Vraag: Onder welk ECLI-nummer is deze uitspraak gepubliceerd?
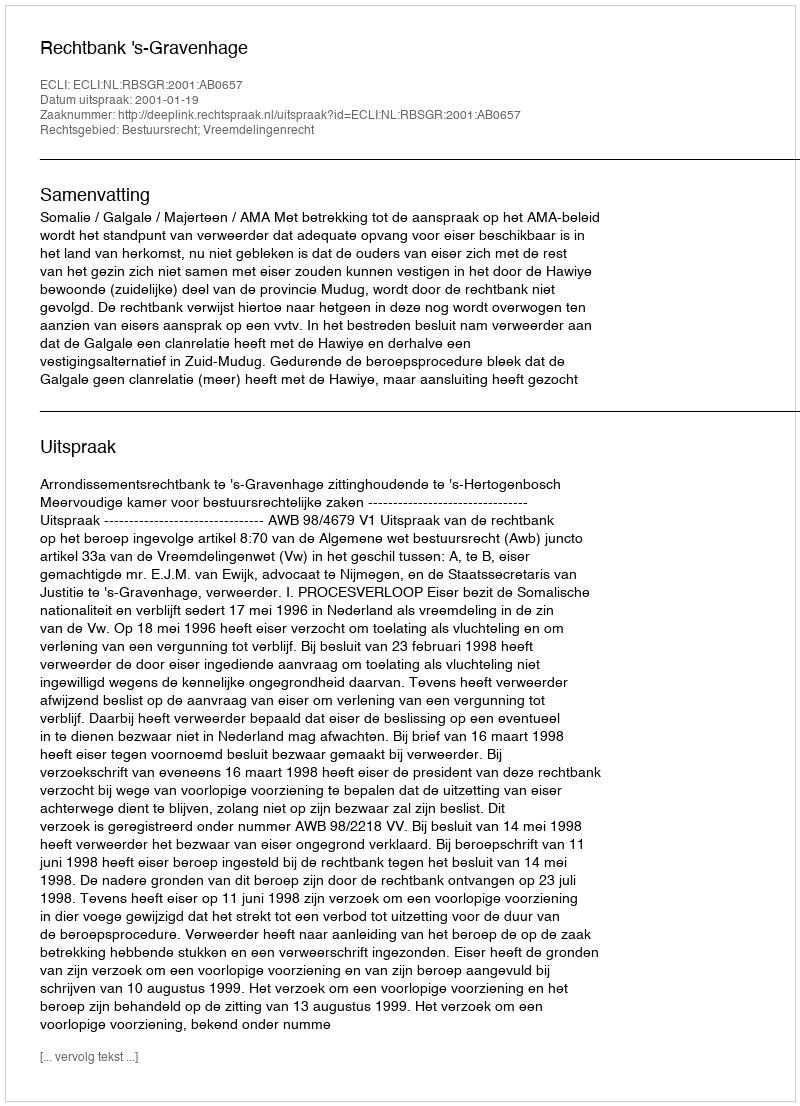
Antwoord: ECLI:NL:RBSGR:2001:AB0657